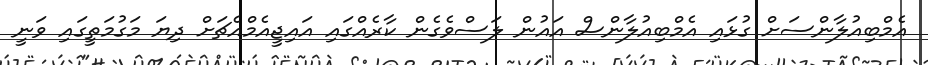
އެމްބިއުލާންސަށް ގުޅައި އެމްބިއުލާންސް އައުން ލަސްވެގެން ކާރެއްގައި އައިޖީއެމްއެޗަށް ދިޔަ މަގުމަތީގައި ވަނީ